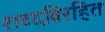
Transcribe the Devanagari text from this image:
शब्दविरहित